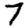
Digit: 7